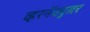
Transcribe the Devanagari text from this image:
व्हरनॅक्युलर